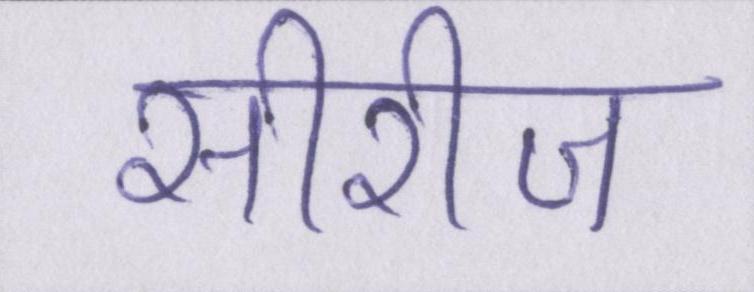
सीरीज